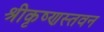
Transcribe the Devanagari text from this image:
श्रीकृष्णस्तवन